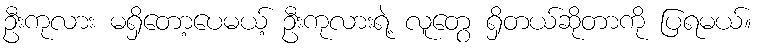
ဦးကုလား မရှိတော့ပေမယ့် ဦးကုလားရဲ့ လူတွေ ရှိတယ်ဆိုတာကို ပြရမယ်။